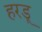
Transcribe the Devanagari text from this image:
हरडू